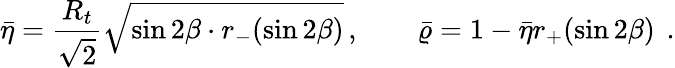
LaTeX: \bar{\eta}=\frac{R_{t}}{\sqrt{2}}\sqrt{\sin 2\beta\cdot r_{-}(\sin 2\beta)}\, ,\quad\quad\bar{\varrho}=1-\bar{\eta}r_{+}(\sin 2\beta)\, ~.